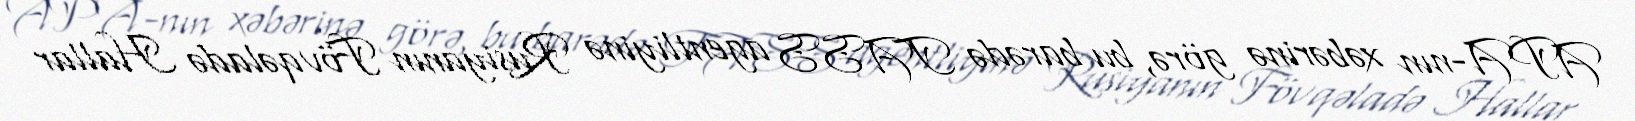
APA-nın xəbərinə görə, bu barədə TASS agentliyinə Rusiyanın Fövqəladə Hallar